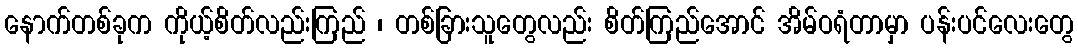
နောက်တစ်ခုက ကိုယ့်စိတ်လည်းကြည် ၊ တစ်ခြားသူတွေလည်း စိတ်ကြည်အောင် အိမ်ဝရံတာမှာ ပန်းပင်လေးတွေ